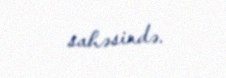
sahəsində.